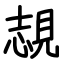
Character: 覟